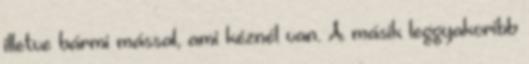
illetve bármi mással, ami kéznél van. A másik leggyakoribb